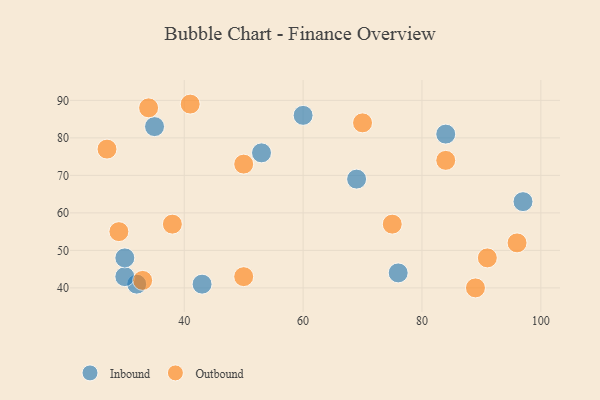
{"axis": {"x": "GDP", "y": "Life Expectancy"}, "legend": ["Inbound", "Outbound"], "data": [{"x": "97", "y": 63, "type": "Inbound"}, {"x": "32", "y": 41, "type": "Inbound"}, {"x": "60", "y": 86, "type": "Inbound"}, {"x": "35", "y": 83, "type": "Inbound"}, {"x": "76", "y": 44, "type": "Inbound"}, {"x": "53", "y": 76, "type": "Inbound"}, {"x": "69", "y": 69, "type": "Inbound"}, {"x": "30", "y": 43, "type": "Inbound"}, {"x": "84", "y": 81, "type": "Inbound"}, {"x": "30", "y": 48, "type": "Inbound"}, {"x": "43", "y": 41, "type": "Inbound"}, {"x": "75", "y": 57, "type": "Outbound"}, {"x": "41", "y": 89, "type": "Outbound"}, {"x": "29", "y": 55, "type": "Outbound"}, {"x": "96", "y": 52, "type": "Outbound"}, {"x": "27", "y": 77, "type": "Outbound"}, {"x": "50", "y": 43, "type": "Outbound"}, {"x": "38", "y": 57, "type": "Outbound"}, {"x": "33", "y": 42, "type": "Outbound"}, {"x": "84", "y": 74, "type": "Outbound"}, {"x": "34", "y": 88, "type": "Outbound"}, {"x": "50", "y": 73, "type": "Outbound"}, {"x": "70", "y": 84, "type": "Outbound"}, {"x": "89", "y": 40, "type": "Outbound"}, {"x": "91", "y": 48, "type": "Outbound"}]}